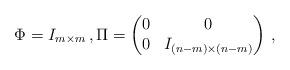
LaTeX: \begin{align*} \Phi = I_{m\times m}\,, \Pi = \begin{pmatrix} 0 & 0 \\ 0 & I_{(n-m)\times (n-m)} \end{pmatrix}\,, \end{align*}